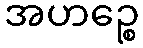
အဟဉ္စေ